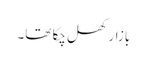
بازار کھل چکا تھا۔